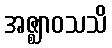
အဇ္ဈာဝသသိ